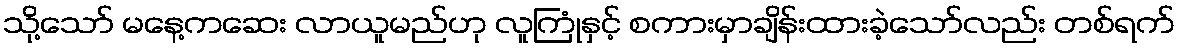
သို့သော် မနေ့ကဆေး လာယူမည်ဟု လူကြုံနှင့် စကားမှာချိန်းထားခဲ့သော်လည်း တစ်ရက်